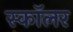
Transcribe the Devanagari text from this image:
स्काॅलर